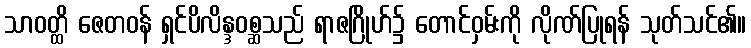
သာဝတ္ထိ ဇေတဝန် ရှင်ပိလိန္ဒဝစ္ဆသည် ရာဇဂြိုဟ်၌ တောင်ဝှမ်းကို လိုဏ်ပြုရန် သုတ်သင်၏။